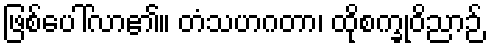
ဖြစ်ပေါ်လာ၏။ တံသဟဂတာ၊ ထိုစက္ခုဝိညာဉ်